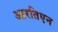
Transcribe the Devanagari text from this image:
आरतिएन